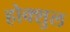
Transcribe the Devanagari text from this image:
होक्शुल